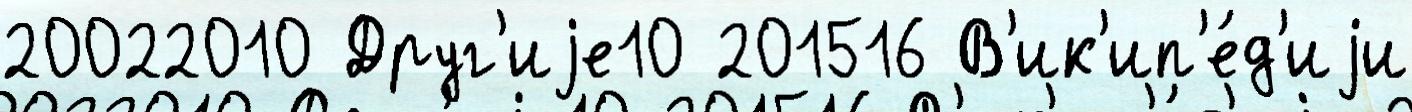
20022010 Друг'иjе10 201516 В'ик'ип'е́д'иjи